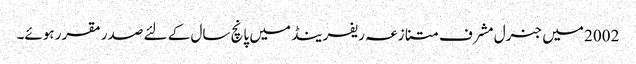
2002 میں جنرل مشرف متنازعہ ریفرینڈ میں پانچ سال کے لئے صدر مقرر ہوئے۔